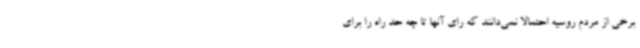
برخی از مردم روسیه احتمالا نمی‌دانند که رای آنها تا چه حد راه را برای